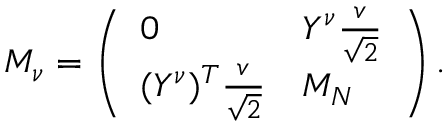
M _ { \nu } = \left( \begin{array} { l l } { { 0 } } & { { Y ^ { \nu } { \frac { v } { \sqrt 2 } } } } \\ { { ( Y ^ { \nu } ) ^ { T } { \frac { v } { \sqrt 2 } } } } & { { M _ { N } } } \end{array} \right) .